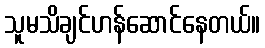
သူမသိချင်ဟန်ဆောင်နေတယ်။